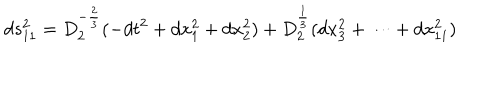
d s _ { 1 1 } ^ { 2 } = D _ { 2 } ^ { - { \frac { 2 } { 3 } } } ( - d t ^ { 2 } + d x _ { 1 } ^ { 2 } + d x _ { 2 } ^ { 2 } ) + D _ { 2 } ^ { \frac { 1 } { 3 } } ( d x _ { 3 } ^ { 2 } + \cdots + d x _ { 1 1 } ^ { 2 } )